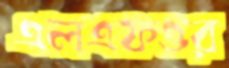
এলএফওর